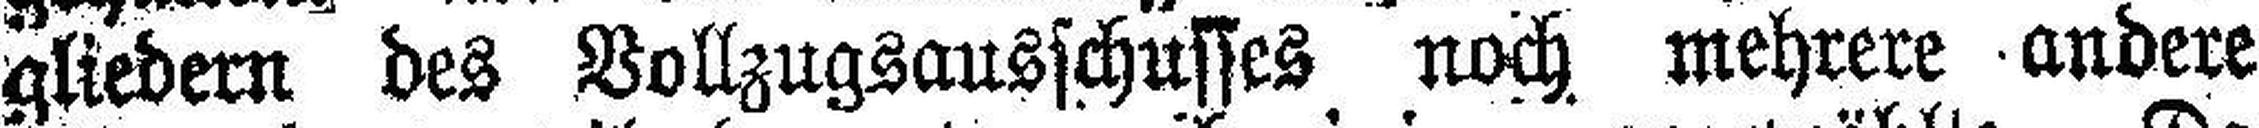
gliedern des Vollzugsausschusses noch mehrere andere